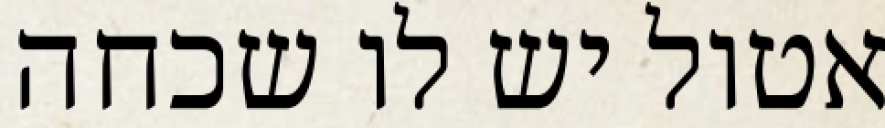
אטול יש לו שכחה